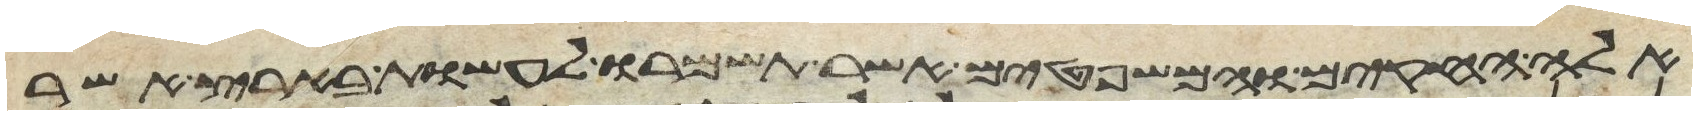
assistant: אלה החקים והמשפטים אשר תשמרו לעשות בארץ אשר